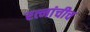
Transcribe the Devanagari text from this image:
रत्नांचीच